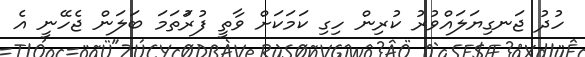
ހުދު ޖަނގިޔަލައްވުރު ކުރިން ހިގި ކަމަކަށް ވާތީ ފުރުަތަމަ ބަލަން ޖެހޭނީ އެ